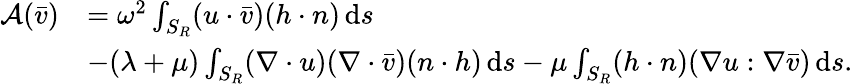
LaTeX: \begin{array}{rl}{\mathcal{A}(\bar{v})}&{=\omega^{2}\int_{S_{R}}(u\cdot\bar{v})(h\cdot n)\, \mathrm{d}s}\\ &{-(\lambda+\mu)\int_{S_{R}}(\nabla\cdot u)(\nabla\cdot\bar{v})(n\cdot h)\, \mathrm{d}s-\mu\int_{S_{R}}(h\cdot n)(\nabla u:\nabla\bar{v})\, \mathrm{d}s.}\end{array}